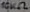
Text: 10KΩ